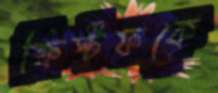
ক্রিস্টফকে